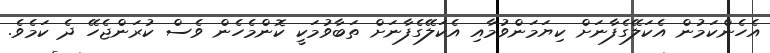
އެހެންކަމުން އެކަލޭގެފާނަށް ކިޔަމަންވުމާއި އެކަލޭގެފާނަށް ތަބާވުމަކީ ކޮންމެހެން ވެސް ކުރަންޖެހޭ ދެ ކަމެވެ.